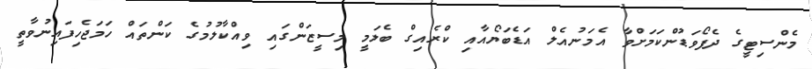
މެންސިޓީގެ ދެފޯވަޑުންކަމަށްވާ އެމަނުއެލް އަޑެބަޔޯއާއި ކްރެއިގް ބެލަމީ މިސީޒަންގައި ވިއްކާލުމުގެ ކަންތައް ހަމަޖެހިފައިނުވާތީ